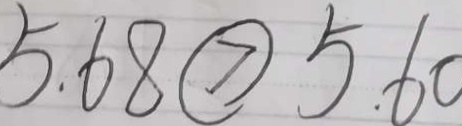
5 . 6 8 \textcircled { > } 5 . 6 0